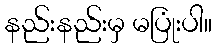
နည်းနည်းမှ မပြုံးပါ။